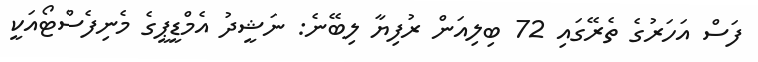
ފަސް އަހަރުގެ ތެރޭގައި 72 ބިލިއަން ރުފިޔާ ލިބޭނެ: ނަޝީދު އެމްޑީޕީގެ މެނިފެސްޓޯއަކީ